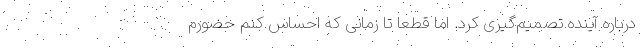
درباره آینده تصمیم‌گیری کرد. اما قطعا تا زمانی که احساس کنم حضورم